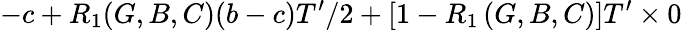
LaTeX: -c+R_{1}(G,B,C)(b-c)T^{\prime}/2+\left[1-R_{1}\left(G,B,C\right)\right]T^{\prime}\times 0